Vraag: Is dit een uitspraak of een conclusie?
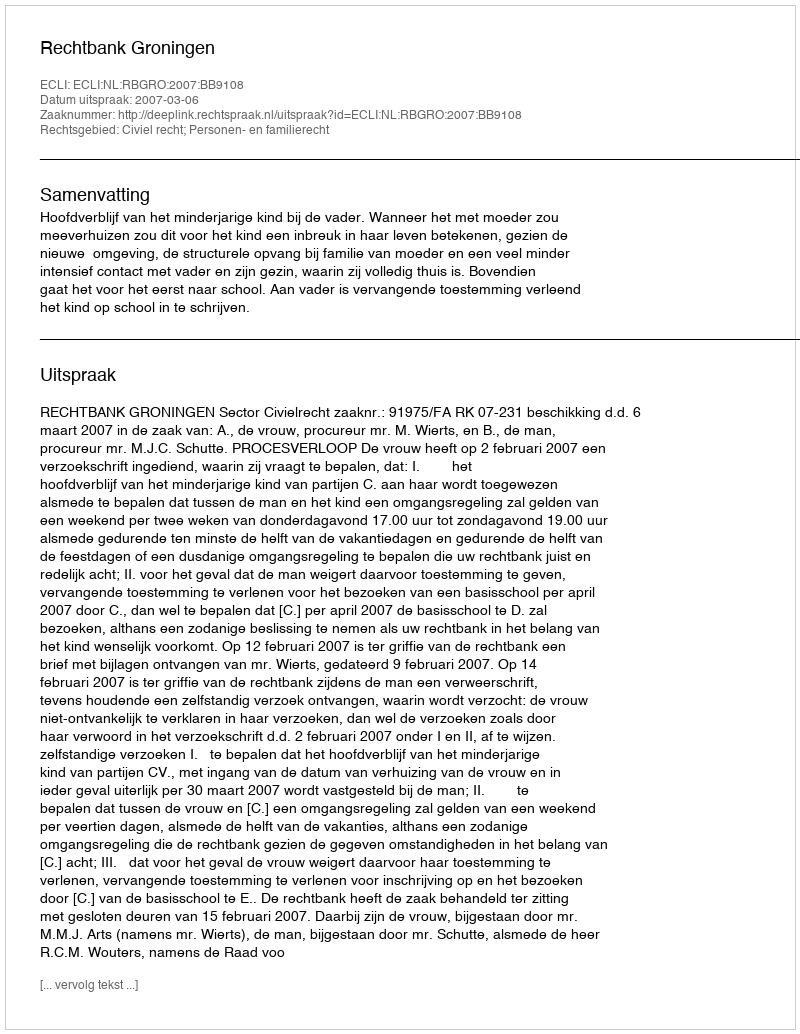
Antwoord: Uitspraak